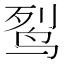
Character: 䴕